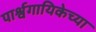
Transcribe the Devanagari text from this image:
पार्श्वगायिकेच्या